Piroplasma canis and its life cycle in the tick - Number 29
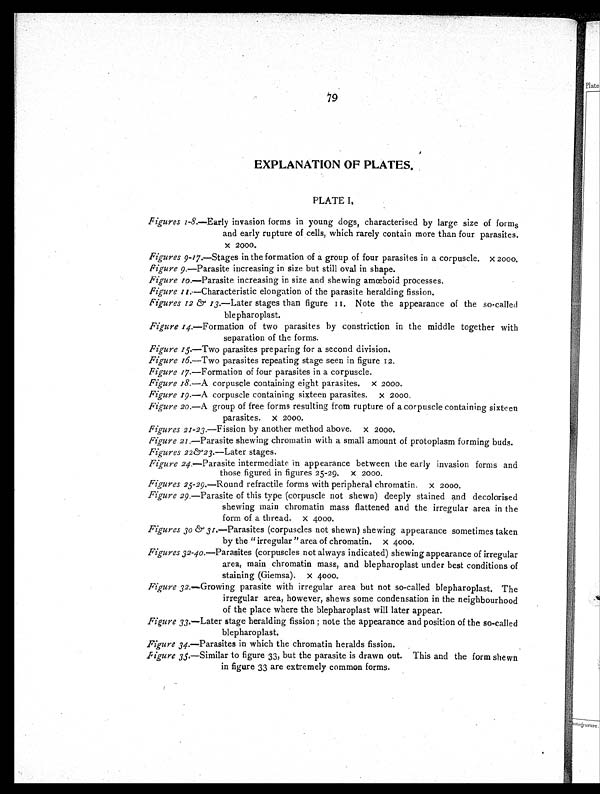
79
EXPLANATION OF PLATES.
PLATE I.
Figures 1-8.—Early invasion forms in young dogs, characterised by large size of forms
and early rupture of cells, which rarely contain more than four parasites.
× 2000.
Figures 9-17.—Stages in the formation of a group of four parasites in a corpuscle. × 2000.
Figure 9.—Parasite increasing in size but still oval in shape.
Figure 10.—Parasite increasing in size and shewing amœboid processes.
Figure 11.—Characteristic elongation of the parasite heralding fission.
Figures 12 & 13 .—Later stages than figure 11. Note the appearance of the so-called
blepharoplast.
Figure 14.—Formation of two parasites by constriction in the middle together with
separation of the forms.
Figure 15.—Two parasites preparing for a second division.
Figure 16.—Two parasites repeating stage seen in figure 12.
Figure 17.—Formation of four parasites in a corpuscle.
Figure 18.—A corpuscle containing eight parasites.× 2000.
Figure 19.—A corpuscle containing sixteen parasites. × 2000.
Figure 20.—A group of free forms resulting from rupture of a corpuscle containing sixteen
parasites.× 2000.
Figures 21-23. —Fission by another method above. × 2000.
Figure 21.—Parasite shewing chromatin with a small amount of protoplasm forming buds.
Figures 22&23.—Later stages.
Figure 24.—Parasite intermediate in appearance between the early invasion forms and
those figured in figures 25-29. × 2000.
Figures 25-29.—Round refractile forms with peripheral chromatin. × 2000.
Figure 29.—Parasite of this type (corpuscle not shewn) deeply stained and decolorised
shewing main chromatin mass flattened and the irregular area in the
form of a thread. × 4000.
Figures 30 & 31.—Parasites (corpuscles not shewn) shewing appearance sometimes taken
by the "irregular " area of chromatin. × 4000.
Figures 32-40. —Parasites (corpuscles not always indicated) shewing appearance of irregular
area, main chromatin mass, and blepharoplast under best conditions of
staining (Giemsa). × 4000.
Figure 32.—Growing parasite with irregular area but not so-called blepharoplast. The
irregular area, however, shews some condensation in the neighbourhood
of the place where the blepharoplast will later appear.
Figure 33.—Later stage heralding fission; note the appearance and position of the so-called
blepharoplast.
Figure 34.—Parasites in which the chromatin heralds fission.
Figure 35.—Similar to figure 33, but the parasite is drawn out. This and the form shewn
in figure 33 are extremely common forms.